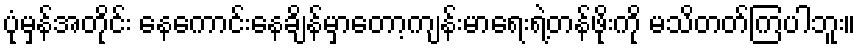
ပုံမှန်အတိုင်း နေကောင်းနေချိန်မှာတော့ကျန်းမာရေးရဲ့တန်ဖိုးကို မသိတတ်ကြပါဘူး။